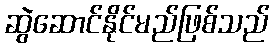
ဆွဲဆောင်နိုင်မည်ဖြစ်သည်